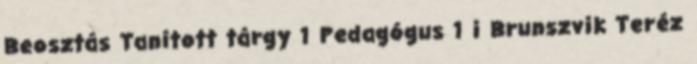
Beosztás Tanított tárgy 1 Pedagógus 1 i Brunszvik Teréz